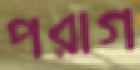
পরাগ